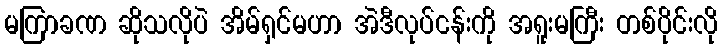
မကြာခဏ ဆိုသလိုပဲ အိမ်ရှင်မဟာ အဲဒီလုပ်ငန်းကို အရူးမကြီး တစ်ပိုင်းလို